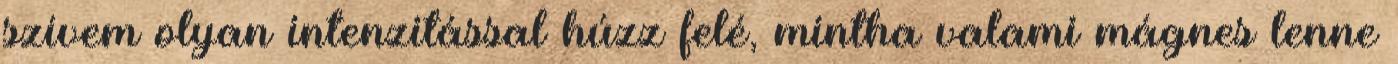
szívem olyan intenzitással húzz felé, mintha valami mágnes lenne